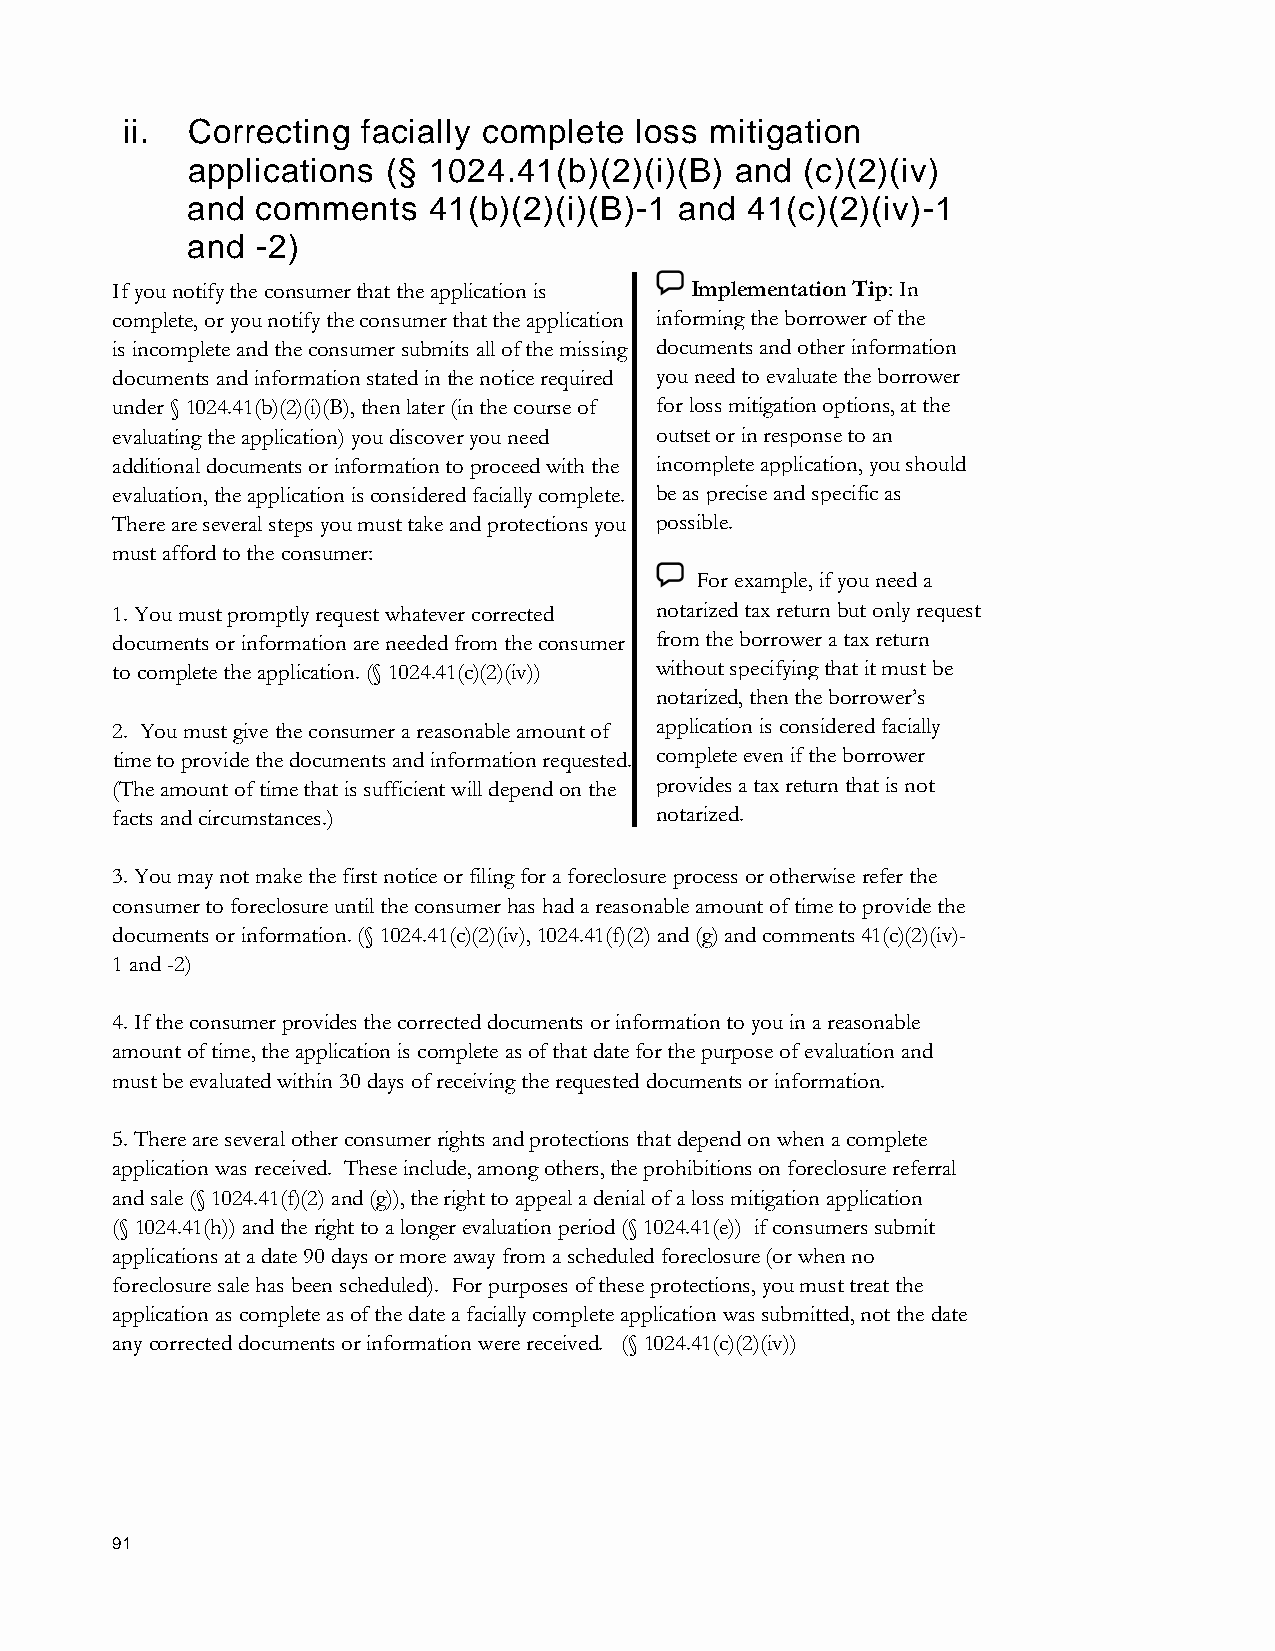
ii. Correcting  facially complete loss mitigation
 applications  (§ 1024.41(b)(2)(i)(B) and (c)(2)(iv)
 and  comments   41(b)(2)(i)(B)-1 and 41(c)(2)(iv)-1
 and  -2)
 If you notify the consumer that the application is Implementation Tip: In
 complete, or you notify the consumer that the application informing the borrower of the
 is incomplete and the consumer submits all of the missing documents and other information
 documents and information stated in the notice required you need to evaluate the borrower
 under § 1024.41(b)(2)(i)(B), then later (in the course of for loss mitigation options, at the
 evaluating the application) you discover you need outset or in response to an
 additional documents or information to proceed with the incomplete application, you should
 evaluation, the application is considered facially complete. be as precise and specific as
 There are several steps you must take and protections you possible.
 must afford to the consumer:
 For example, if you need a
 1. You must promptly request whatever corrected notarized tax return but only request
 documents or information are needed from the consumer from the borrower a tax return
 to complete the application. (§ 1024.41(c)(2)(iv)) without specifying that it must be
 notarized, then the borrower’s
 2. You must give the consumer a reasonable amount of application is considered facially
 time to provide the documents and information requested. complete even if the borrower
 (The amount of time that is sufficient will depend on the provides a tax return that is not
 facts and circumstances.)           notarized.
 3. You may not make the first notice or filing for a foreclosure process or otherwise refer the
 consumer to foreclosure until the consumer has had a reasonable amount of time to provide the
 documents or information. (§ 1024.41(c)(2)(iv), 1024.41(f)(2) and (g) and comments 41(c)(2)(iv)-
 1 and -2)
 4. If the consumer provides the corrected documents or information to you in a reasonable
 amount of time, the application is complete as of that date for the purpose of evaluation and
 must be evaluated within 30 days of receiving the requested documents or information.
 5. There are several other consumer rights and protections that depend on when a complete
 application was received. These include, among others, the prohibitions on foreclosure referral
 and sale (§ 1024.41(f)(2) and (g)), the right to appeal a denial of a loss mitigation application
 (§ 1024.41(h)) and the right to a longer evaluation period (§ 1024.41(e)) if consumers submit
 applications at a date 90 days or more away from a scheduled foreclosure (or when no
 foreclosure sale has been scheduled). For purposes of these protections, you must treat the
 application as complete as of the date a facially complete application was submitted, not the date
 any corrected documents or information were received. (§ 1024.41(c)(2)(iv))
 91